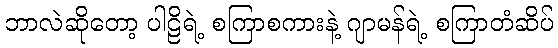
ဘာလဲဆိုတော့ ပါဠိရဲ့ စကြာစကားနဲ့ ဂျာမန်ရဲ့ စကြာတံဆိပ်